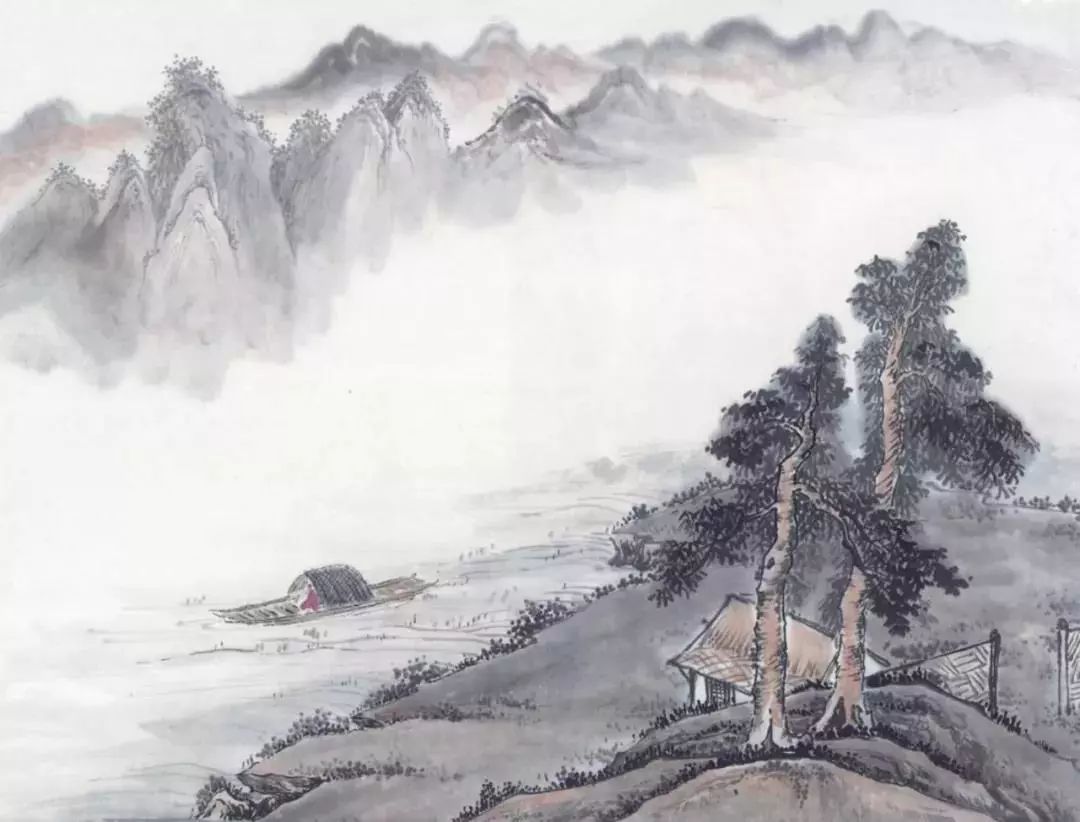
年时俯仰过，功名宜速崇。